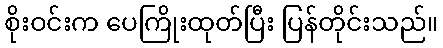
စိုးဝင်းက ပေကြိုးထုတ်ပြီး ပြန်တိုင်းသည်။